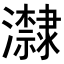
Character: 𭳬